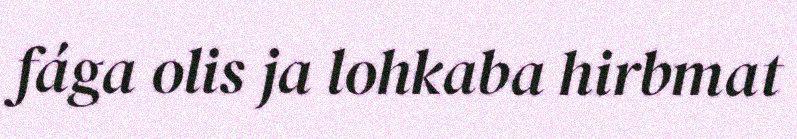
fága olis ja lohkaba hirbmat